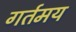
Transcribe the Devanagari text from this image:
गर्तमय